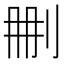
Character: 𠛹